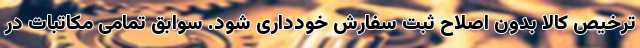
ترخیص کالا بدون اصلاح ثبت سفارش خودداری شود. سوابق تمامی مکاتبات در